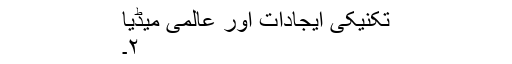
تکنیکی ایجادات اور عالمی میڈیا
۲۔